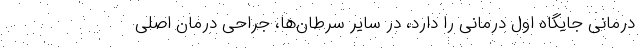
درمانی جایگاه اول درمانی را دارد، در سایر سرطان‌ها، جراحی درمان اصلی